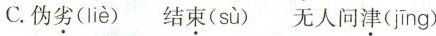
C.伪劣( liè ) 结束( sù )无人问津( jīng )